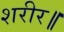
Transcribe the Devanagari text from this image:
शरीर॥